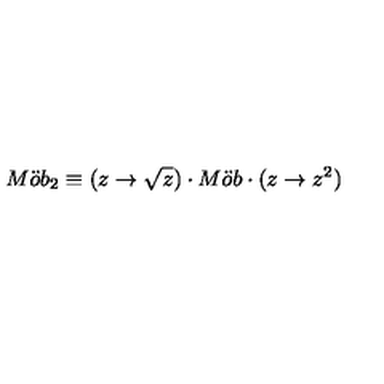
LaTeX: M \ddot { o } b _ { 2 } \equiv ( z \rightarrow \sqrt { z } ) \cdot M \ddot { o } b \cdot ( z \rightarrow z ^ { 2 } )